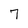
Character: 7